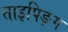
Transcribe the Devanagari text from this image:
ताइपिङ्ग